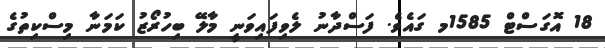
18 އޮގަސްޓް 1585މ ގައެވެ. ފަސްދާނު ލެވިފައިވަނީ މާލޭ ބިހުރޯޒު ކަމަނާ މިސްކިތުގެ